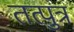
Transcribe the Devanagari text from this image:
तत्पुत्र